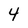
Character: 4